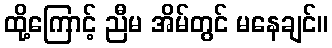
ထို့ကြောင့် ညီမ အိမ်တွင် မနေချင်။